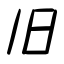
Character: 旧